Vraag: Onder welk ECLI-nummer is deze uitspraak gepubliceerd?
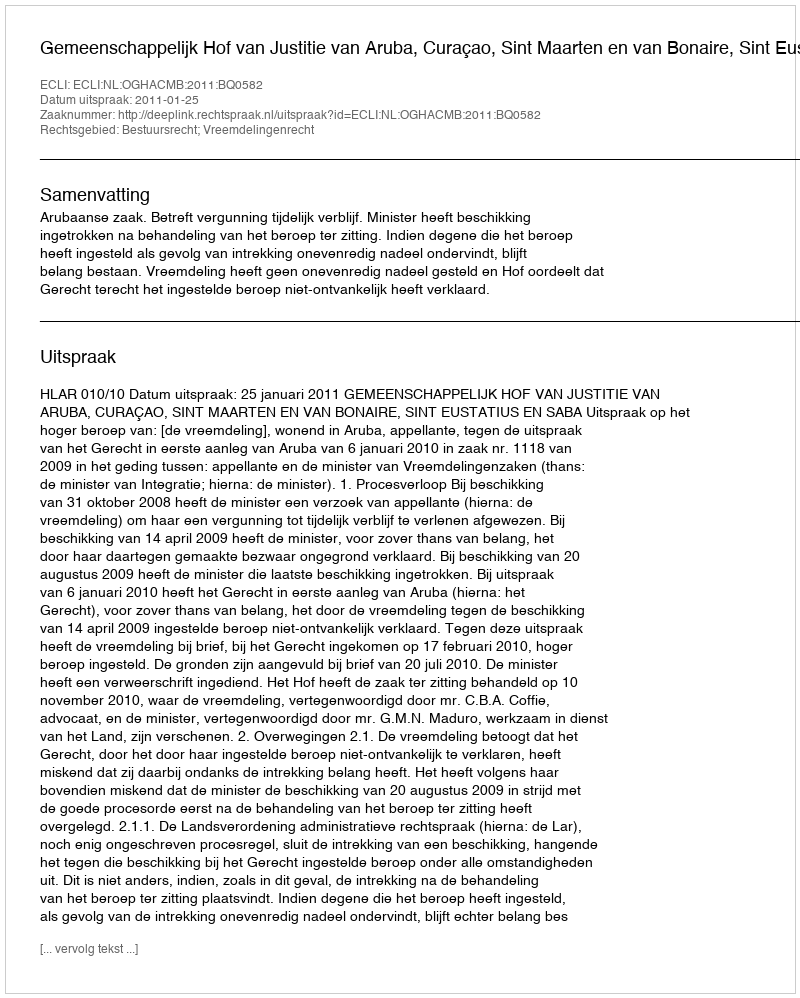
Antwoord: ECLI:NL:OGHACMB:2011:BQ0582